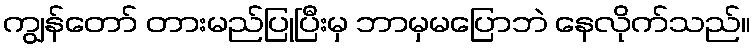
ကျွန်တော် တားမည်ပြုပြီးမှ ဘာမှမပြောဘဲ နေလိုက်သည်။